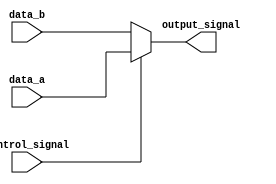
module conditional_assignment (
    input wire control_signal,      // Control signal to determine output
    input wire [7:0] data_a,       // First data input (8 bits)
    input wire [7:0] data_b,       // Second data input (8 bits)
    output wire [7:0] output_signal // Output signal (8 bits)
);

// Continuous assignment using ternary operator
assign output_signal = (control_signal) ? data_a : data_b;

endmodule